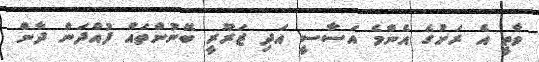
ވާތީ އެ ރަށުގެ އެންމެ އަސާސީ އަދި ޒަރޫރީ ބޭނުންތައް ފުއްދަން ދާން